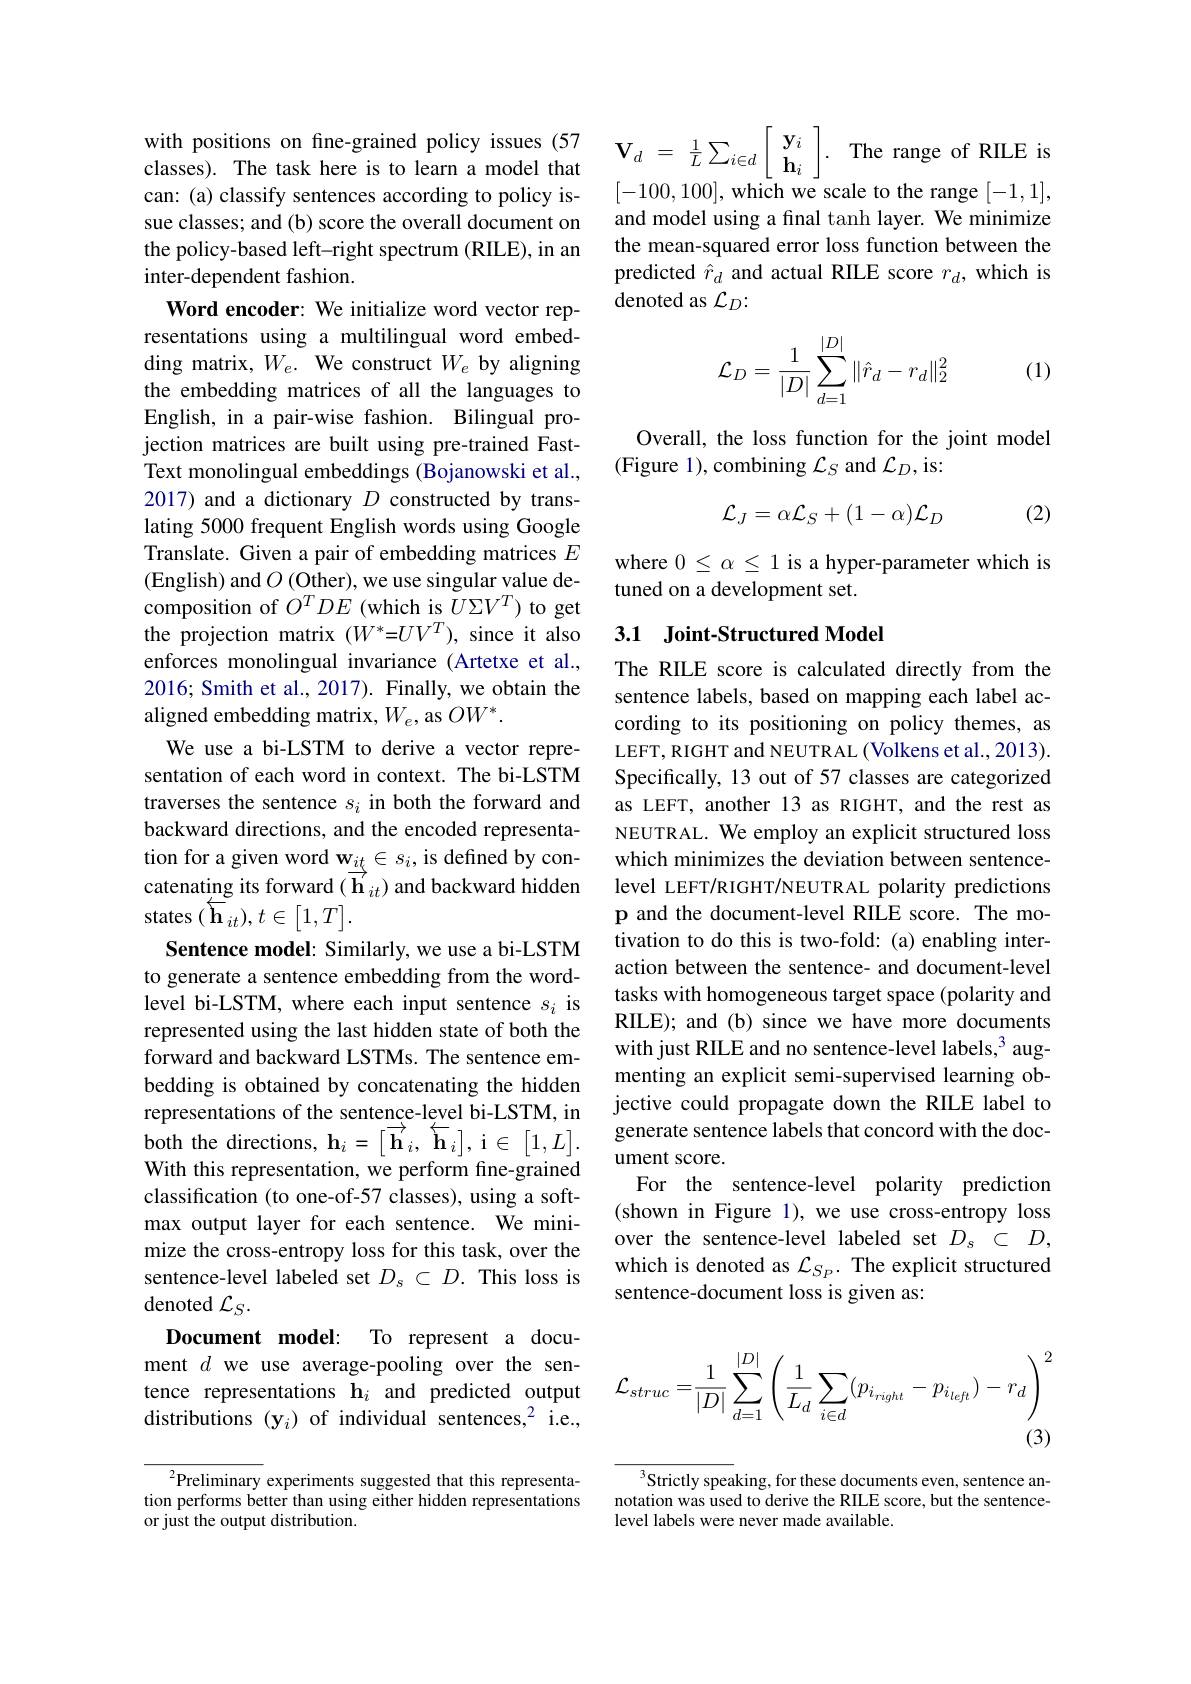
can: (a) classify sentences according to policy issue classes; and (b) score the overall document on the policy-based left-right spectrum (RILE), in an inter-dependent fashion.

Word encoder: We initialize word vector representations using a multilingual word embedding matrix, $W_e.$ We construct $W_e$ by aligning the embedding matrices of all the languages to English, in a pair-wise fashion. Bilingual projection matrices are built using pre-trained FastText monolingual embeddings (Bojanowski et al., 2017) and a dictionary $D$ constructed by translating 5000 frequent English words using Google Translate. Given a pair of embedding matrices $E$ (English) and $O$ (Other), we use singular value decomposition of $O^TDE$ (which is $\tilde{U}\Sigma V^T)$ to get the projection matrix $(W^*=UV^T)$, since it also enforces monolingual invariance (Artetxe et al., 2016; Smith et al., 2017). Finally, we obtain the aligned embedding matrix, $W_e$, as $OW^*.$
We use a bi-LSTM to derive a vector representation of each word in context. The bi-LSTM traverses the sentence $s_i$ in both the forward and backward directions, and the encoded representation for a given word $\mathbf{w}_{\underrightarrow{it}}\in s_i$, is defined by concatenating its forward $(\overrightarrow{\mathbf{h}}_{it})$ and backward hidden states $(\overleftarrow{\mathbf{h}}_{it}),t\in[1,T].$
Sentence model: Similarly, we use a bi-LSTM to generate a sentence embedding from the wordlevel bi-LSTM, where each input sentence $s_i$ is represented using the last hidden state of both the forward and backward LSTMs. The sentence embedding is obtained by concatenating the hidden representations of the sentence-level bi-LSTM, in both the directions, $\mathbf{h}_i=\begin{bmatrix}\overrightarrow{\mathbf{h}}_i,&\overleftarrow{\mathbf{h}}_i\end{bmatrix}$, i$\in[1,L].$ With this representation, we perform fine-grained classification (to one-of-57 classes), using a softmax output layer for each sentence. We minimize the cross-entropy loss for this task, over the sentence-level labeled set $D_s\subset D.$ This loss is denoted $\mathcal{L}_S.$
Document model: To represent a document $d$ we use average-pooling over the sentence representations h$_i$ and predicted output distributions (y_i) of individual sentences,$^2$ i.e.,

${}^{2}{\mathrm{Preliminary~experiments~suggested~that~this~representa-}}$ tion performs better than using either hidden representations or just the output distribution.

with positions on fine-grained policy issues (57 $\mathbf{V} _{d} = \frac 1L\sum _{i\in d}\begin{bmatrix} \mathbf{y} _{i}\\ \mathbf{h} _{i}\end{bmatrix} .$ The range of RILE
[-100,100], which we scale to the range [-1,1],

and model using a final tanh layer. We minimize the mean-squared error loss function between the predicted $\hat{r}_d$ and actual RILE score $r_d$, which is denoted as $\mathcal{L}_D:$
$$\begin{aligned}\mathcal{L}_D=\frac{1}{|D|}\sum_{d=1}^{|D|}\|\hat{r}_d-r_d\|_2^2\end{aligned}$$
(1)

Overall, the loss function for the joint model
(Figure 1), combining $\mathcal{L}_S$ and $\mathcal{L}_D$,is:
$$\mathcal{L}_J=\alpha\mathcal{L}_S+(1-\alpha)\mathcal{L}_D$$
(2)

where $0\leq\alpha\leq1$ is a hyper-parameter which is
tuned on a development set.

## 3.1 Joint-Structured Model

The RILE score is calculated directly from the sentence labels, based on mapping each label according to its positioning on policy themes, as LEFT, RIGHT and NEUTRAL (Volkens et al., 2013). Specifically, 13 out of 57 classes are categorized as LEFT, another 13 as RIGHT, and the rest as NEUTRAL. We employ an explicit structured loss which minimizes the deviation between sentencelevel LEFT/RIGHT/NEUTRAL polarity predictions p and the document-level RILE score. The motivation to do this is two-fold: (a) enabling interaction between the sentence- and document-level tasks with homogeneous target space (polarity and RILE); and (b) since we have more documents with just RILE and no sentence-level labels,$^{3}$ augmenting an explicit semi-supervised learning objective could propagate down the RILE label to generate sentence labels that concord with the document score.
For the sentence-level polarity prediction (shown in Figure 1), we use cross-entropy loss over the sentence-level labeled set $D_s~\subset~D$, which is denoted as $\mathcal{L}_S_P.$ The explicit structured sentence-document loss is given as:
$$\mathcal{L}_{struc}=\frac{1}{|D|}\sum_{d=1}^{|D|}\left(\frac{1}{L_{d}}\sum_{i\in d}(p_{i_{right}}-p_{i_{left}})-r_{d}\right)^{2}$$
(3)

$^3$Strictly speaking, for these documents even, sentence annotation was used to derive the RILE score, but the sentencelevel labels were never made available.